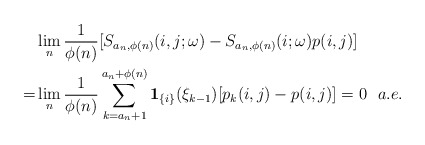
\begin{align*}&\lim_{n}\frac{1}{\phi(n)}[S_{a_n,\phi(n)}(i,j;\omega)-S_{a_n,\phi(n)}(i;\omega)p(i,j)]\\=&\lim_{n}\frac{1}{\phi(n)}\sum_{k=a_n+1}^{a_n+\phi(n)}\mathbf{1}_{\{i\}}(\xi_{k-1})[p_{k}(i,j)-p(i,j)]=0\ \ a.e.\end{align*}